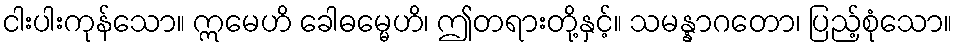
ငါးပါးကုန်သော။ ဣမေဟိ ခေါဓမ္မေဟိ၊ ဤတရားတို့နှင့်။ သမန္နာဂတော၊ ပြည့်စုံသော။